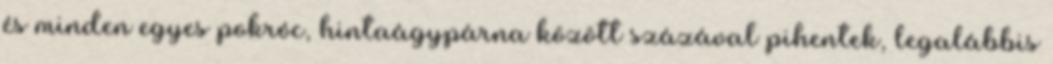
és minden egyes pokróc, hintaágypárna között százával pihentek, legalábbis